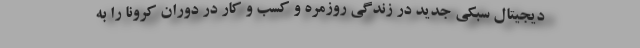
دیجیتال سبکی جدید در زندگی روزمره و کسب و کار در دوران کرونا را به